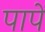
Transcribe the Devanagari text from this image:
पापें